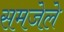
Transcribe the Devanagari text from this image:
समजेले